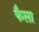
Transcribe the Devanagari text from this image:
फैसा